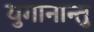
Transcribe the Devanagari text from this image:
युगानान्तु